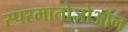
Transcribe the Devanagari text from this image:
स्परमातोज़ोऑन